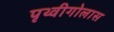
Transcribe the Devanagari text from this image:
पृथ्वीगोलास